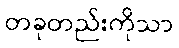
တခုတည်းကိုသာ